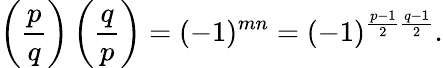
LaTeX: \left({\frac{p}{q}}\right)\left({\frac{q}{p}}\right)=(-1)^{mn}=(-1)^{{\frac{p-1}{2}}{\frac{q-1}{2}}}.